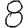
Digit: 8